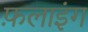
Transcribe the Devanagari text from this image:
फ़लाइंग